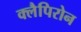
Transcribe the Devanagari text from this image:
क्लैपिरोन